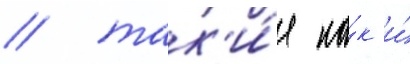
/ так'и́е ка́к и́